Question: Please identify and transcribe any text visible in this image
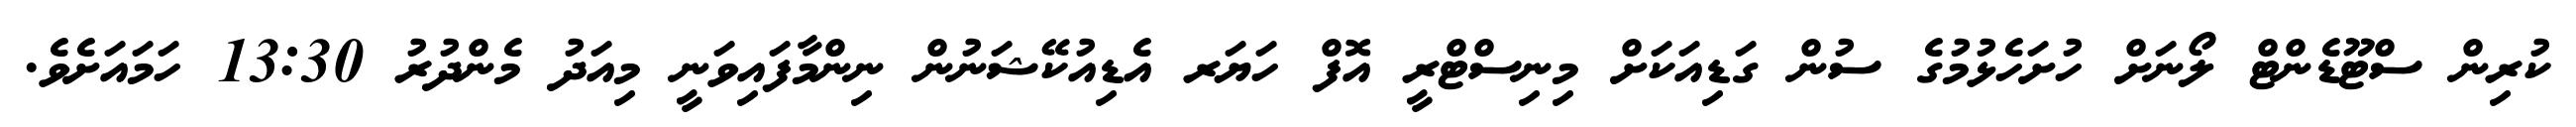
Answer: ކުރިން ސްޓޫޑެންޓް ލޯނަށް ހުށަހެޅުމުގެ ސުން ގަޑިއަކަށް މިނިސްޓްރީ އޮފް ހަޔަރ އެޑިއުކޭޝަނުން ނިންމާފައިވަނީ މިއަދު މެންދުރު 13:30 ހަމައަށެވެ.